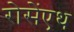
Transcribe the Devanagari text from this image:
रोसेंएथ